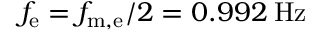
f _ { \mathrm { e } } = f _ { \mathrm { m , e } } / 2 = 0 . 9 9 2 \: \mathrm { H z }